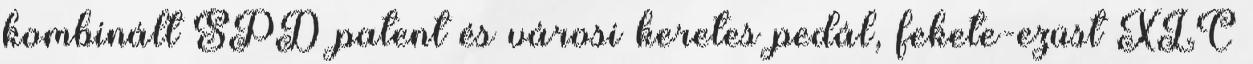
kombinált SPD patent és városi keretes pedál, fekete-ezüst XLC